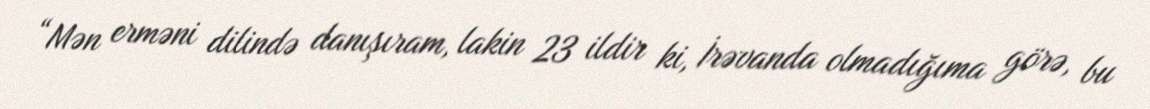
“Mən erməni dilində danışıram, lakin 23 ildir ki, İrəvanda olmadığıma görə, bu